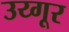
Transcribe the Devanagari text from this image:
उय्गूर